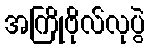
အကြိုဗိုလ်လုပွဲ